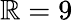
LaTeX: \mathbb{R}=9